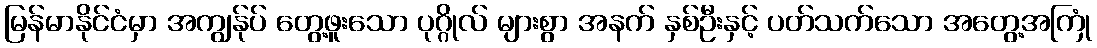
မြန်မာနိုင်ငံမှာ အကျွန်ုပ် တွေ့ဖူးသော ပုဂ္ဂိုလ် များစွာ အနက် နှစ်ဦးနှင့် ပတ်သက်သော အတွေ့အကြုံ